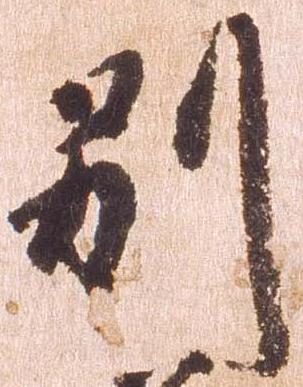
別